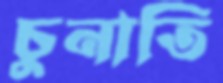
চুনাতি